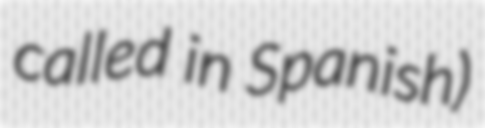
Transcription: called in Spanish)